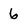
Character: 6